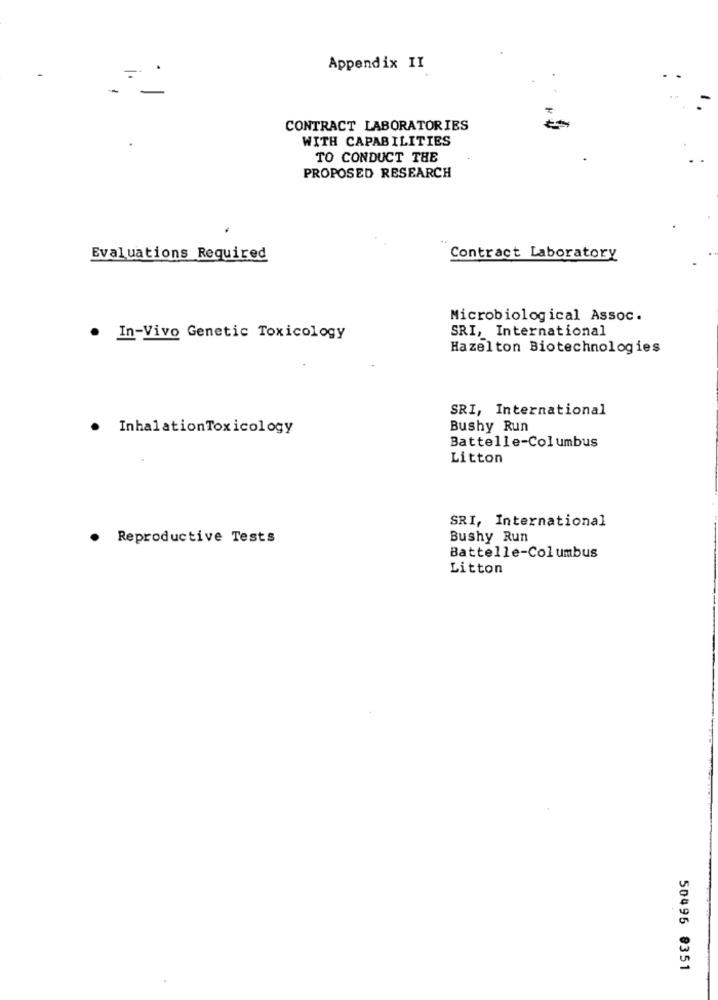
Appendix II
CONTRACT LABORATORIES
WITH CAPABILITIES
TO CONDUCT THE
PROPOSED RESEARCH
Evaluations Required
Contract Laboratory
Microbiological Assoc.
SRI, International
. In-Vivo Genetic Toxicology
Hazelton Biotechnologies
SRI, International
· InhalationToxicology
Bushy Run
Battelle-Columbus
Litton
SRI, International
. Reproductive Tests
Bushy Run
Battelle-Columbus
Litton
50495 8351